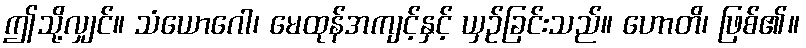
ဤသို့လျှင်။ သံယောဂေါ၊ မေထုန်အကျင့်နှင့် ယှဉ်ခြင်းသည်။ ဟောတိ၊ ဖြစ်၏။